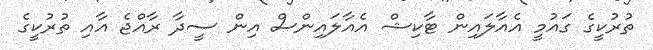
ތުރުކީގެ ގައުމީ އެއާލައިން ޓާކިޝް އެއާލައިންސް އިން ސީދާ ރާއްޖެ އާއި ތުރުކީގެ